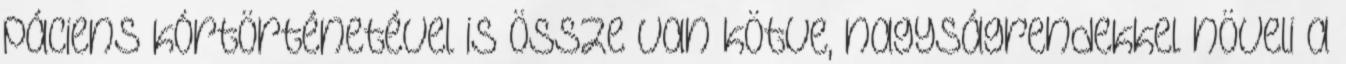
páciens kórtörténetével is össze van kötve, nagyságrendekkel növeli a